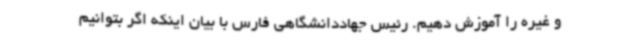
و غیره را آموزش دهیم. رئیس جهاددانشگاهی فارس با بیان اینکه اگر بتوانیم